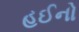
હઈનો